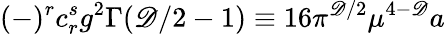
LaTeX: (-)^{r}c_{r}^{s}g^{2}\Gamma(\mathscr{D}/2-1)\equiv16\pi^{\mathscr{D}/2}\mu^{4-\mathscr{D}}a